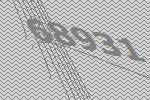
68931